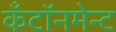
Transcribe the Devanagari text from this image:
कँटॉनमेन्ट